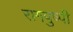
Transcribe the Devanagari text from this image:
रागपुष्पी